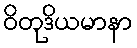
ဝိတုဒိယမာနာ